Vaccination North-Western Provinces 1866-1877 - 1866-1877
Year: 1866
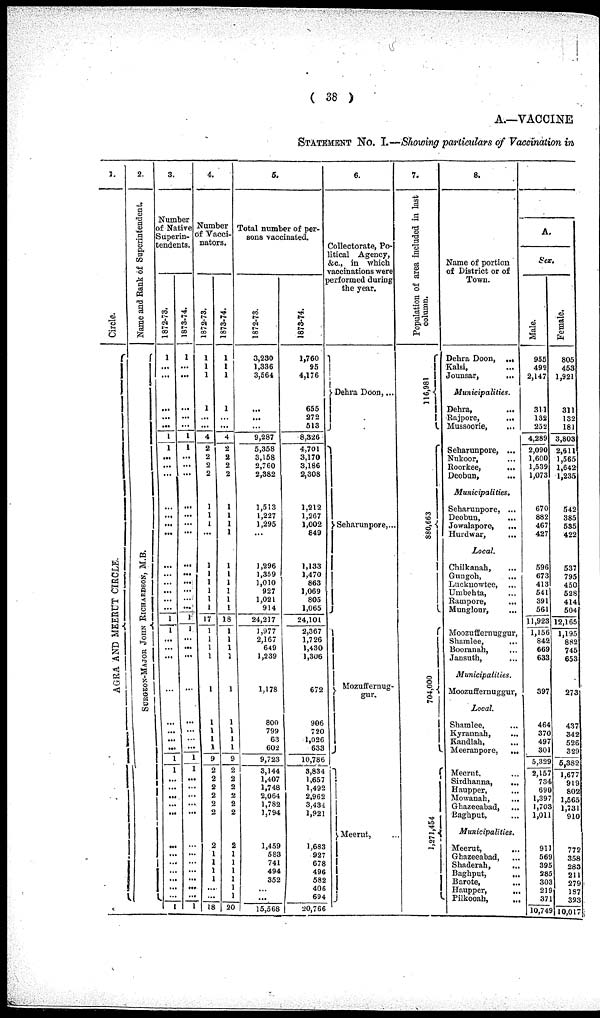
( 38 )
A.—VACCINE
STATEMENT No. I.—Showing particulars of Vaccination in
1.
Circle.
AGRA AND MEERUT CIRCLE.
2.
Name and Bank of Superintendent.
SURGEON-MAJOR JOHN RICHARDSON, M.B.
3.
Number
of Native
Superin-
tendents.
1872-73.
1
...
...
...
...
...
1
1
...
...
...
...
...
...
...
...
...
...
...
...
...
1
1
...
...
...
...
...
...
...
...
1
1
...
...
...
...
...
...
...
...
...
...
...
...
1
1873-74.
1
...
...
...
...
...
1
1
...
...
...
...
...
...
...
...
...
...
...
...
...
1
1
...
...
...
...
...
...
... ...
1
1
...
...
...
...
...
...
...
...
...
...
...
...
1
4.
Number
of Vacci-
nators.
1872-73.
1
1
1
1
...
...
4
2
2
2
2
1
1
1
...
1
1
1
1
1
1
17
1
1
1
1
1
1
1
1
1
9
2
2
2
2
2
2
2
1
1
1
1
...
...
18
1873-74.
1
1
1
1
...
...
4
2
2
2
2
1
1
1
1
1
1
1
1
1
1
18
1
1
1
1
1
1
1
1
1
9
2
2
2
2
2
2
2
1
1
1
1
1
1
20
5.
Total number of per-
sons vaccinated.
1872-73.
3,230
1,336
3,564
...
...
...
9,287
5,358
3,158
2,760
2,382
1,513
1,227
l,295
...
1,296
1,359
1,010
927
1,021
914
24,217
1,977
2,167
649
1,239
1,178
800
799
63
602
9,723
3,144
1,407
1,748
2,064
1,782
1,794
1,459
583
741
494
352
...
...
15,568
1873-74.
1,760
95
4,176
655
272
513
8,326
4,701
3,170
3,186
2,308
1,212
1,267
1,002
849
1,133
1,470
863
1,069
805
1,065
24,101
2,367
1,726
1,430
1,306
672
906
720
1,026
633
10,786
3,834
1,657
1,492
2,962
3,434
1,921
1,683
927
678
496
582
406
694
20,766
6.
Collectorate, Po-
litical Agency,
&c, in which
vaccinations were
performed during
the year.
Dehra
Doon,...
Seharunpore,...
Mozuffernug-
gur.
Meerut, ...
7.
Population of area included in last
column.
116,981
880,663
704,000
1,271,454
8.
Name of portion
of District or of
Town.
Dehra Doon, ...
Kalsi, ...
Jounsar,
...
Municipalities.
Dehra,
...
Bajpore,
...
Mussoorie, ...
Seharunpore, ...
Nukoor, ...
Roorkee,
...
Deobun,
...
Municipalities.
Seharunpore, ...
Deobun, ...
Jowalapore,
...
Hurdwar, ...
Local.
Chilkanah, ...
Gungoh, ...
Lucknowtee, ...
Umbehta, ...
Rampore,
...
Munglour, ...
Moozuffernuggur,
Shamlee,
...
Booranah, ...
Jansuth, ...
Municipalities.
Moozuffernuggur,
Local.
Shamlee, ...
Kyrannah, ...
Kandlah, ...
Meeranpore,
...
Meerut, ...
Sirdhanna, ...
Haupper, ...
Mowanah,
...
Ghazeeabad,
...
Baghput, ...
Municipalities.
Meerut, ...
Ghazeeabad, ...
Shaderah,
...
Baghput,
...
Barote,
...
Haupper,
...
Pilkooah,
...
A.
Sex.
Male.
955
492
2,147
311
132
252
4,289
2,090
1,600
1,539
l,073
670
882
467
427
596
673
413
541
391
561
11,923
1,156
842
669
633
397
464
370
497
301
5,329
2,157
734
690
1,397
1.701
1,011
911
569
395
285
303
219
371
10,749
Female.
805
453
1,921
311
132
181
3,803
2,611
1,565
1,642
1,235
542
385
535
422
537
795
450
528
414
504
12,165
1,195
882
745
653
273
437
342
526
329
5,382
1,677
919
802
1,565
1,731
910
772
358
283
211
279
187
323
10,017